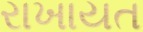
રાખાયત